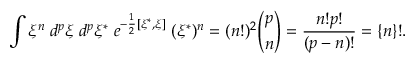
\int \xi ^ { n } \; d ^ { p } \xi \; d ^ { p } \xi ^ { * } \; e ^ { - \frac 1 2 [ \xi ^ { * } , \xi ] } \; ( \xi ^ { * } ) ^ { n } = ( n ! ) ^ { 2 } { \binom { p } { n } } = \frac { n ! p ! } { ( p - n ) ! } = \{ n \} ! .